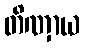
တိဏှာယ